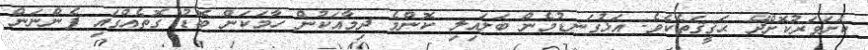
ކަށަވަރުކޮށްދޭ ޙަޤީޤަތެކެވެ. އަޅުގަނޑުމެން ބަލައިލި ކޮންމެ ދިމާއަކުން ހާމަކަން ބޮޑު ގޮތެއްގައި ފެންނަން